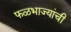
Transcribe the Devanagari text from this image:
फळभाज्यांची